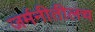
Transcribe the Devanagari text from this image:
जर्मनीतीलच